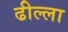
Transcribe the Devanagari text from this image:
ढील्ला